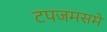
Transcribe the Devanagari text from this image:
टपजमसमे